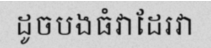
ដូចបងធំវាដែរវា